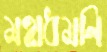
মহাধমনি